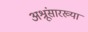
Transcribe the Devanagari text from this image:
अश्रूंसारख्या